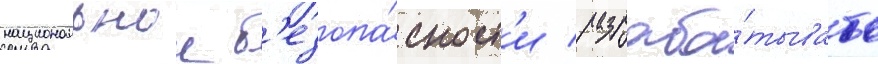
национальнои б'езопа́сност'и / разраба́тывать